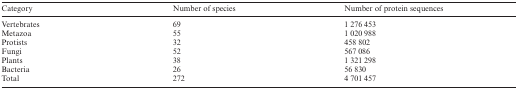
| Category | Number of species | Number of protein sequences |
 | --- | --- | --- |
 | Vertebrates | 69 | 1 276 453 |
 | Metazoa | 55 | 1 020 988 |
 | Protists | 32 | 458 802 |
 | Fungi | 52 | 567 086 |
 | Plants | 38 | 1 321 298 |
 | Bacteria | 26 | 56 830 |
 | Total | 272 | 4 701 457 |